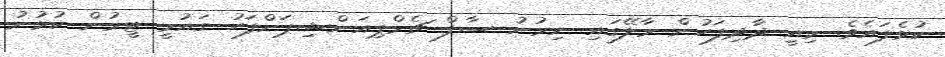
ކުޅެފައެވެ. މިއީ ދާދިފަހުން މާލޭގައި ނިމުނު ސާފް ޗެމްޕިއަންޝިޕަށްފަހު ގައުމީ ޓީމުން ކުޅުނު